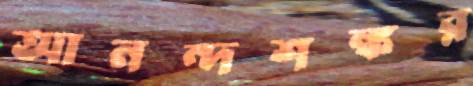
আনন্দশঙ্কর